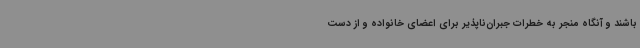
باشند و آنگاه منجر به خطرات جبران‌ناپذیر برای اعضای خانواده و از دست